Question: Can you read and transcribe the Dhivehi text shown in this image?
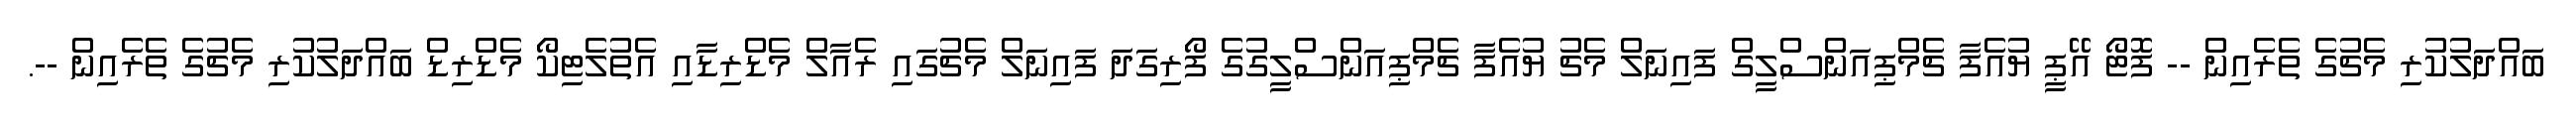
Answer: ބައްދަލުކުރި މެޗުގެ ތެރެއިން -- ފޮޓޯ އޭޕީ ޔުއެފާ ޗެމްޕިއަންސްލީގް ފައިނަލް މެޗު ޔުއެފާ ޗެމްޕިއަންސްލީގުގެ ފޯރިގަދަ ފައިނަލް މެޗުގައި ރެއާލް މެޑްރިޑާއި އެތުލެޓިކޯ މެޑްރިޑް ބައްދަލުކުރި މެޗުގެ ތެރެއިން --.